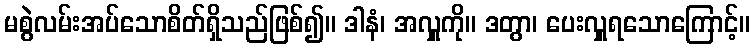
မစွဲလမ်းအပ်သောစိတ်ရှိသည်ဖြစ်၍။ ဒါနံ၊ အလှူကို။ ဒတွာ၊ ပေးလှူရသောကြောင့်။